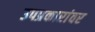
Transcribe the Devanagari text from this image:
उपप्रकारांवर